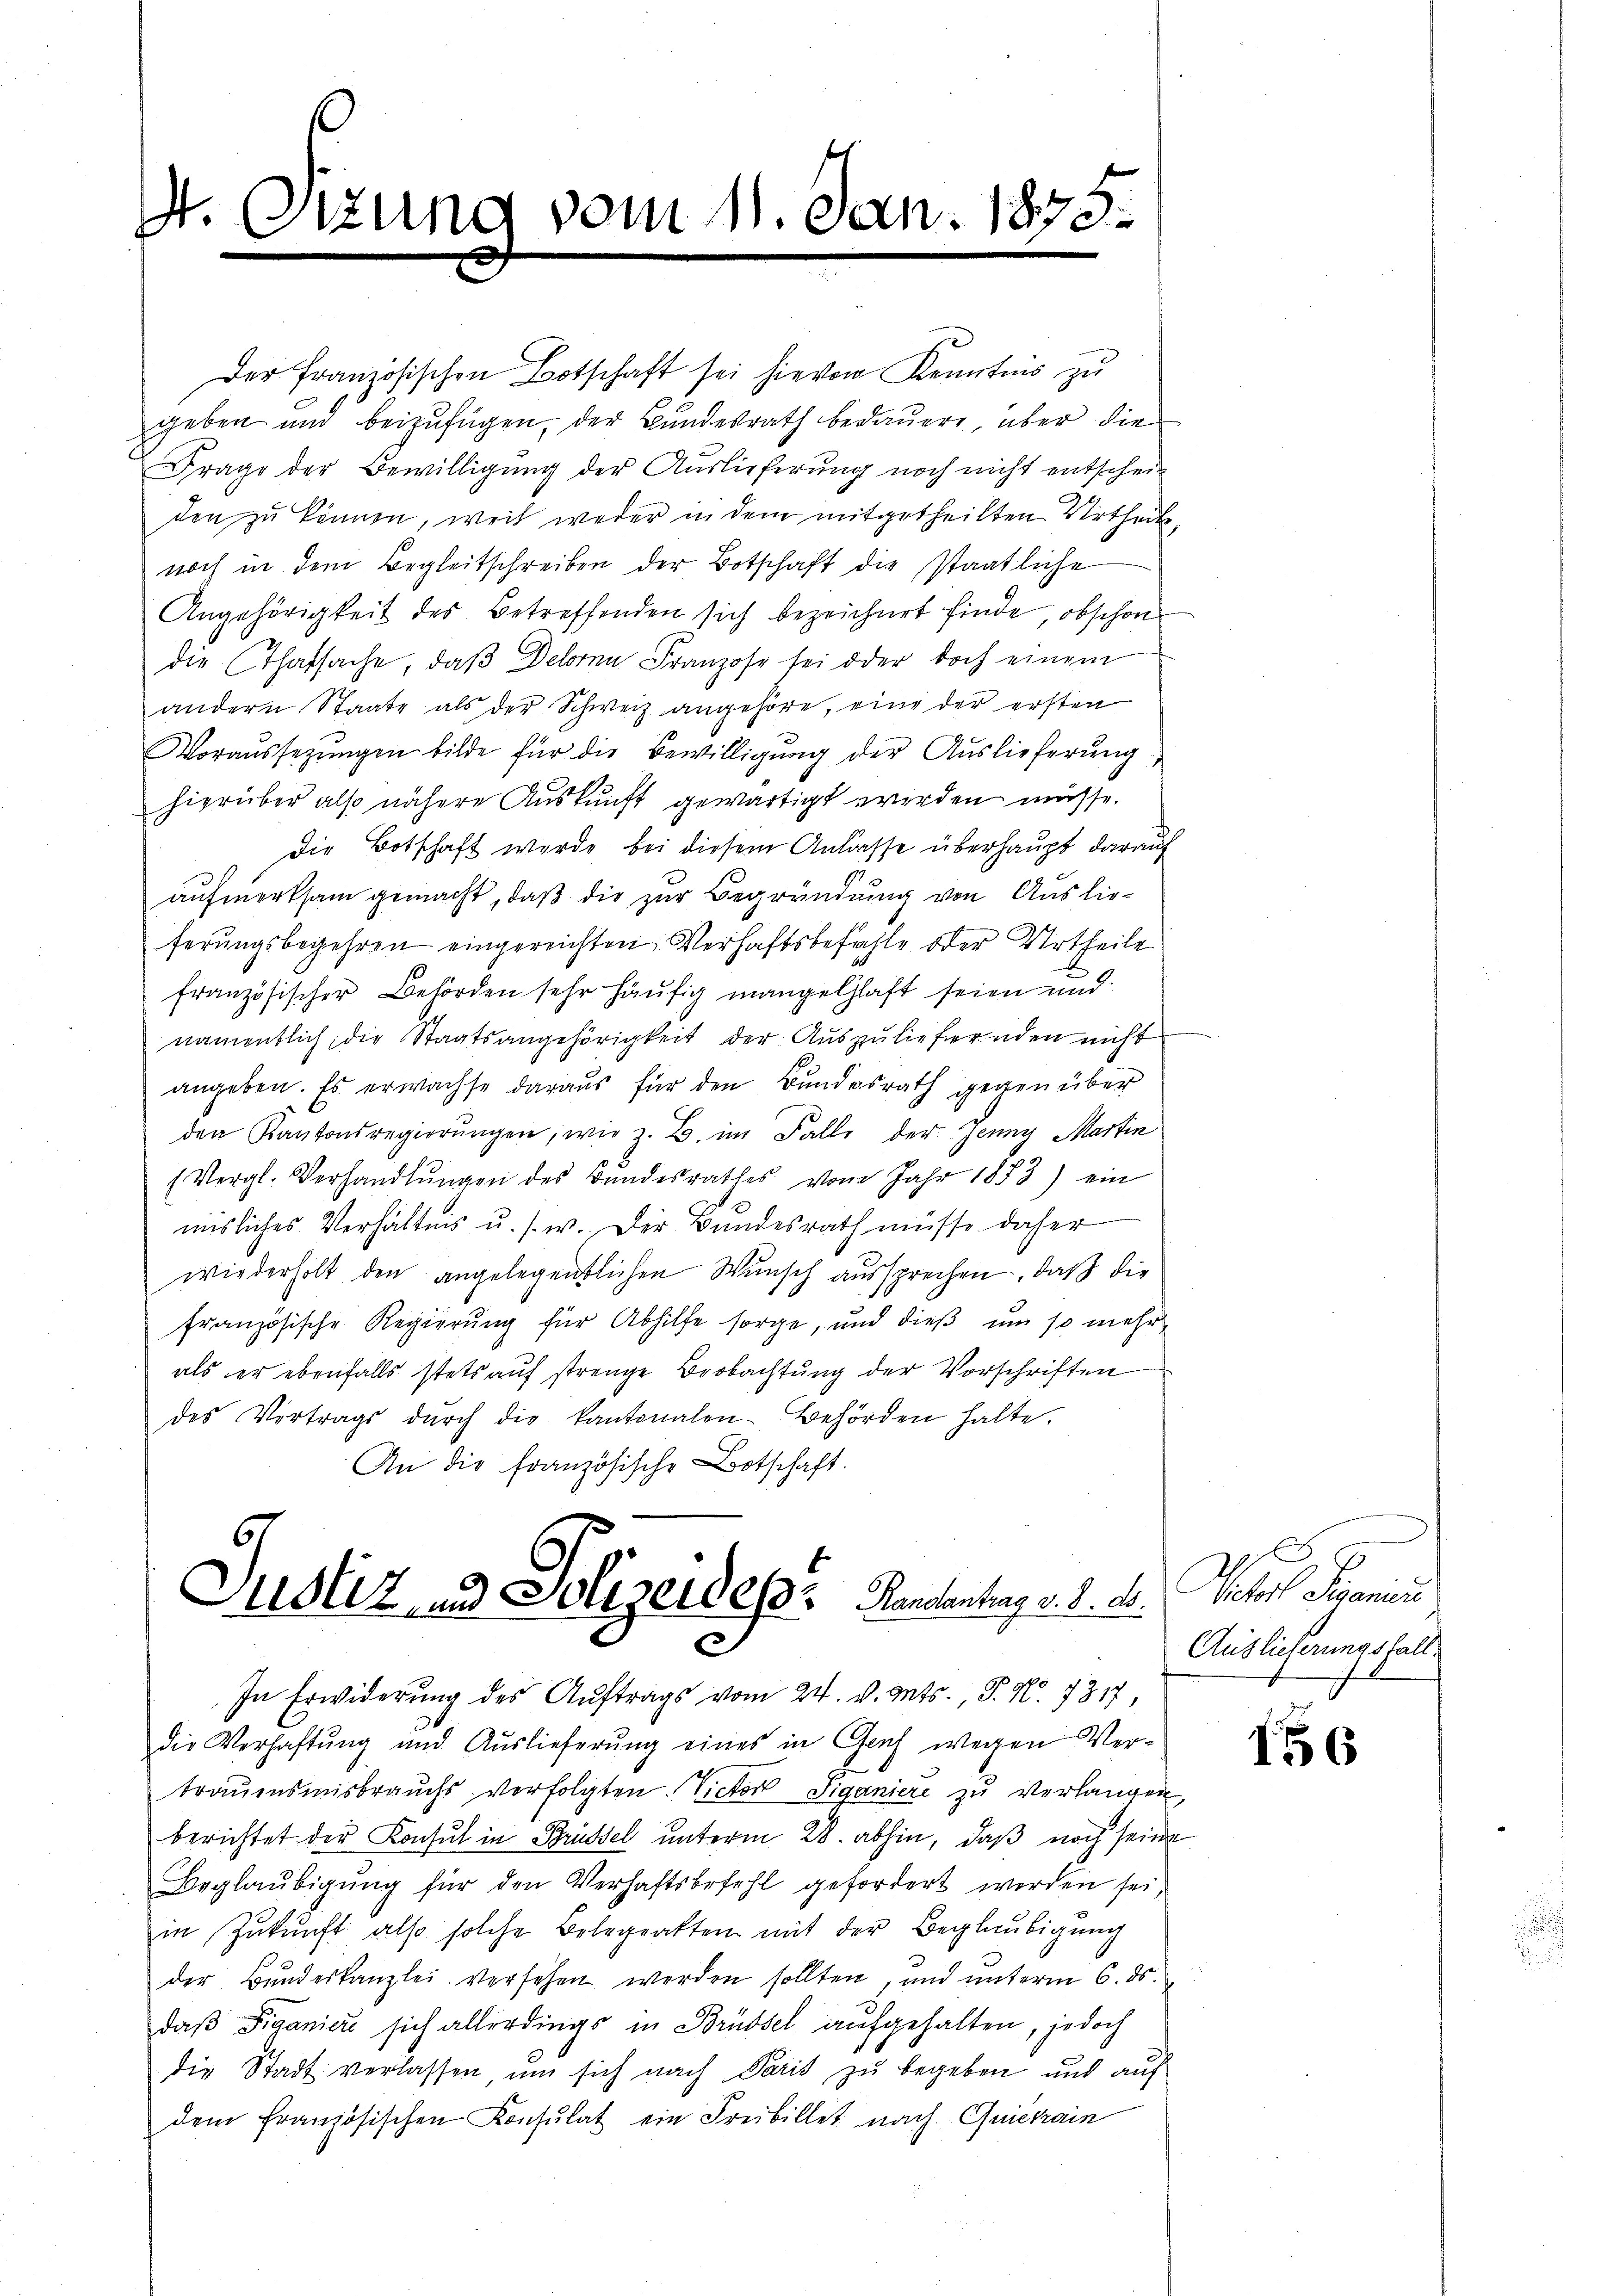
St. Otzung vom 11. Jan. 1875.

Der französischen Botschaft sei hievon Kenntnis zu
geben und beizufügen, der Bundesrath bedauern, aber die
Frage der Bewilligung der Auslieferung noch nicht entschein
den zu können, weil weder in dem mitgetheilten Urtheilnoch in dem Begleitschreiben der Botschaft die staatliche
Angehörigkeit des Betreffenden sich bezeichnet finde, obschon
die Thatsache, daß Deboren Franzose sei oder doch einem
andern Staate als der Schweiz angehöre, eine der ersten
Voraussezungen bilde für die Bewilligung der Auslieferung
hierüber also nähere Auskunft gewärtigt werden müsse.
Die Botschaft wurde bei diesem Anlasse überhaupt darauf
aufmerksam gemacht, daß die zur Begründung von Auslieferungsbegehren eingereichten Verhaftsbefehle oder Urtheile
französischer Behörden sehr häufig mangelhaft seien und
namentlich, die Staatsangehörigkeit der Auszuliefernden nicht
angeben. Es erwachse daraus für den Bundesrath gegen über
den Kantonsregierŭngen, wie z. B. im Falle der Jenny Martin
(Vergl. Verhandlŭngen des Bŭndesrathes vom Jahr 1883) ein
misliches Verhältnis u. s. w. Der Bundesrath müsse daher
wiederholt den angelegentlichen Wunsch aussprechen, daß die
französische Regierung für Abhilfe sorge, und dieß um so mehr
als er ebenfalls stets auf strenge Beobachtung der Vorschriften
des Vertrags dŭrch die kantonalen Behörden halte.
An die französische Botschaft.

Justiz und Solirendes Randantrag v. 8. d.

In Erwiderung des Auftrags vom 24. v. Mts. P. N. 7317
die Verhaftung und Auslieferung eines in Gach wegen Verbraŭensmisbrauchs verfolgten. Victor Siganiere zu verlangen,
berichtet der Konsul in Brüssel unterm 28. abhin, daß noch seine
Beglaŭbigŭng für den Verhaftsbefehl gefordert werden sei
in Zukunft also solche Belegrakten mit der Beglaubigung
der Bŭndeskanzlei versehen werden sollten, und unterm 6. ds.
daß Figanier sich allerdings in Brüssel aufgehalten, jedoch
die Stadt verlassen um sich nach Paris zu begeben und auf
dem französischen Konsulat ein Freibillet nach Querrain

e

Vaters Semin
Auslieferungsfall

156